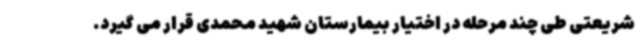
شریعتی طی چند مرحله در اختیار بیمارستان شهید محمدی قرار می گیرد.